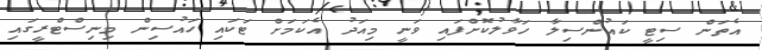
އެތަން ސިޓީ ކައުންސިލާ ހަވާލުކޮށްފައި ވަނީ މިއަދު އެކަމަށް ޓަކައި ހައުސިން މިނިސްޓްރީގައި